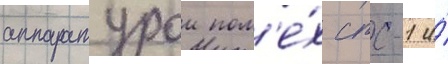
аппаратурои пом'е́х спс-1 и́